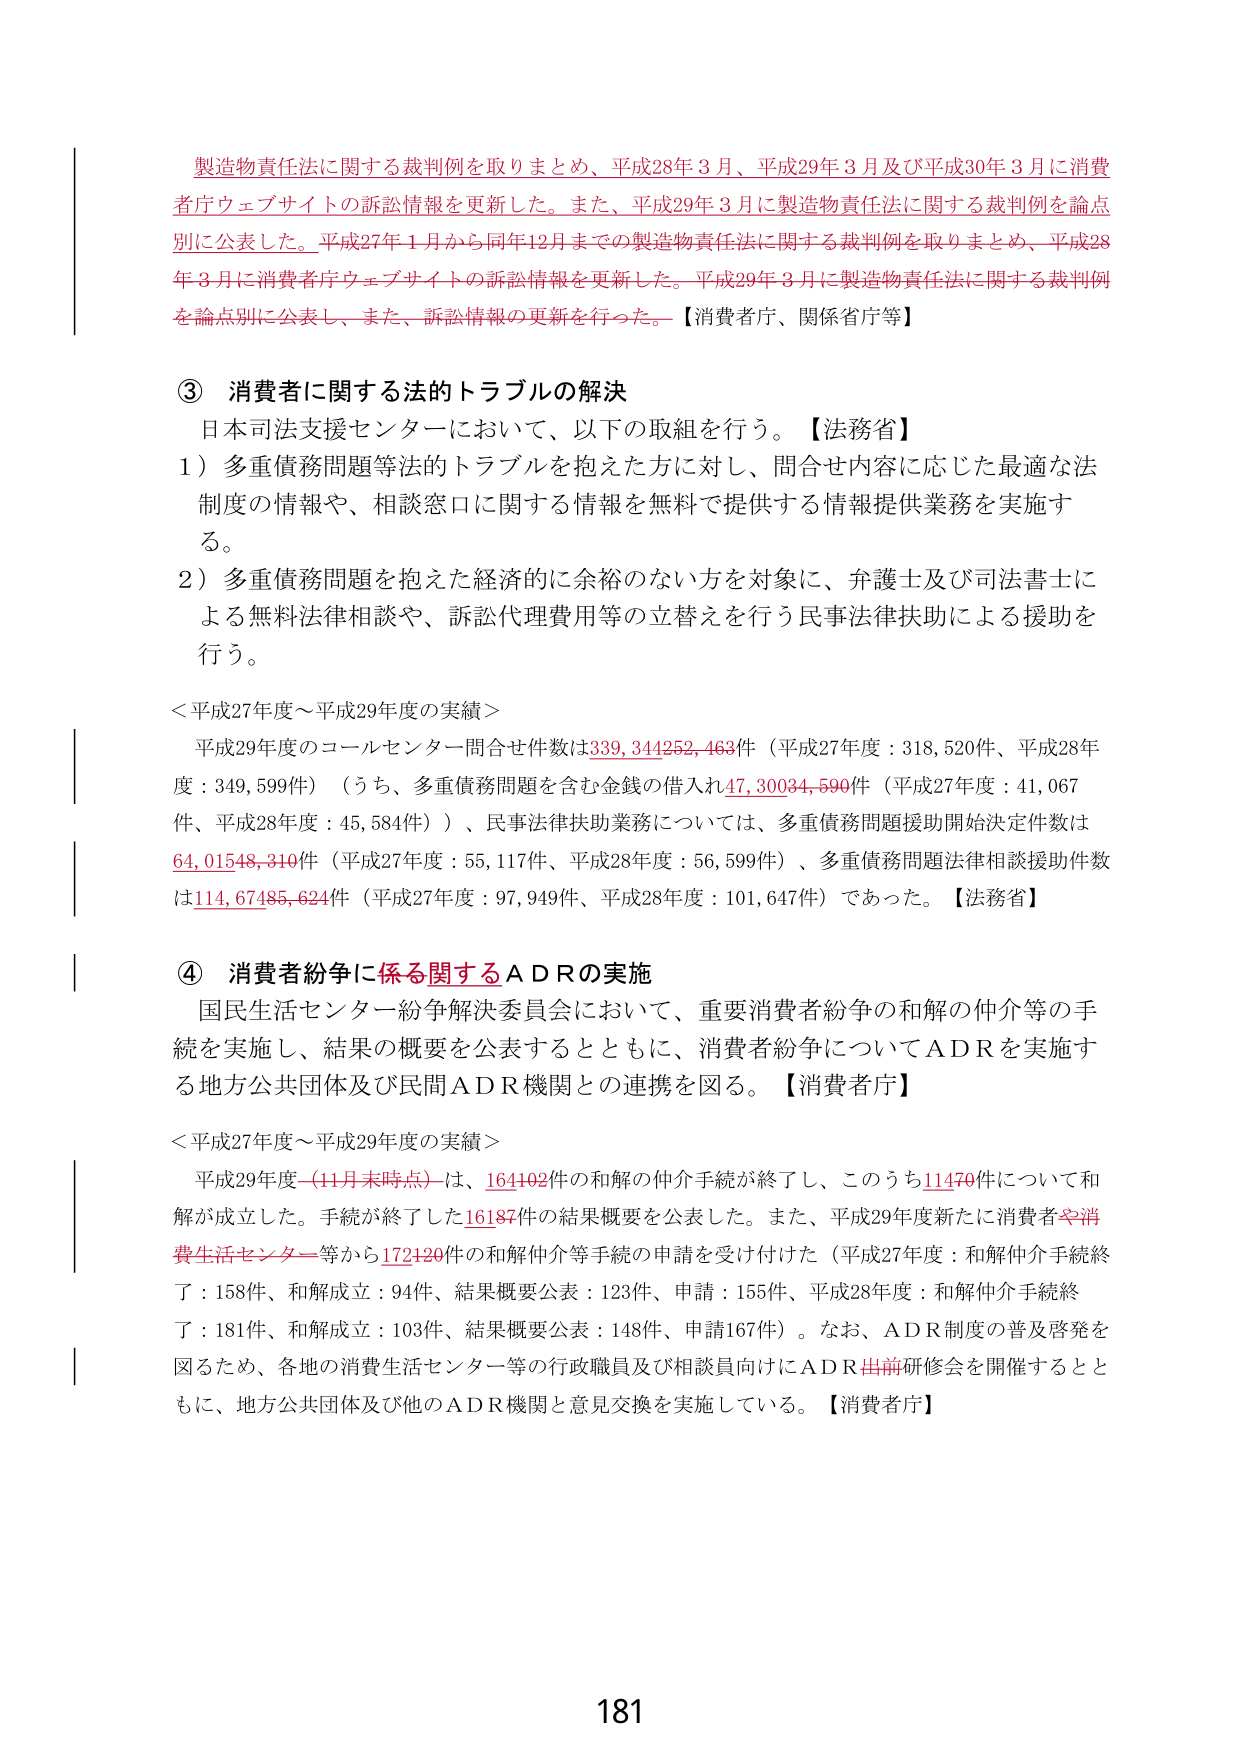
製造物責任法に関する裁判例を取りまとめ、平成28年3月、平成29年3月及び平成30年3月に消費者庁ウェブサイトの訴訟情報を更新した。また、平成29年3月に製造物責任法に関する裁判例を論点別に公表した。平成27年1月から同年12月までの製造物責任法に関する裁判例を取りまとめ、平成28年3月に消費者庁ウェブサイトの訴訟情報を更新した。平成29年3月に製造物責任法に関する裁判例を論点別に公表し、また、訴訟情報の更新を行った。【消費者庁、関係省庁等】

③ 消費者に関する法的トラブルの解決
日本司法支援センターにおいて、以下の取組を行う。【法務省】
1）多重債務問題等法的トラブルを抱えた方に対し、問合せ内容に応じた最適な法制度の情報や、相談窓口に関する情報を無料で提供する情報提供業務を実施する。
2）多重債務問題を抱えた経済的に余裕のない方を対象に、弁護士及び司法書士による無料法律相談や、訴訟代理費用等の立替えを行う民事法律扶助による援助を行う。

＜平成27年度～平成29年度の実績＞
平成29年度のコールセンター問合せ件数は339,341252,463件（平成27年度：318,520件、平成28年度：349,599件）（うち、多重債務問題を含む金銭の借入れ47,30034,599件（平成27年度：41,067件、平成28年度：45,584件））、民事法律扶助業務については、多重債務問題援助開始決定件数は64,01548,310件（平成27年度：55,117件、平成28年度：56,599件）、多重債務問題法律相談援助件数は114,67485,624件（平成27年度：97,949件、平成28年度：101,647件）であった。【法務省】

④ 消費者紛争に係る関するＡＤＲの実施
国民生活センター紛争解決委員会において、重要消費者紛争の和解の仲介等の手続を実施し、結果の概要を公表するとともに、消費者紛争についてＡＤＲを実施する地方公共団体及び民間ＡＤＲ機関との連携を図る。【消費者庁】

＜平成27年度～平成29年度の実績＞
平成29年度（11月末時点）は、164102件の和解の仲介手続が終了し、このうち11470件について和解が成立した。手続が終了した16187件の結果概要を公表した。また、平成29年度新たに消費者や消費生活センター等から172120件の和解仲介等手続の申請を受け付けた（平成27年度：和解仲介手続終了：158件、和解成立：94件、結果概要公表：123件、申請：155件、平成28年度：和解仲介手続終了：181件、和解成立：103件、結果概要公表：148件、申請167件）。なお、ＡＤＲ制度の普及啓発を図るため、各地の消費生活センター等の行政職員及び相談員向けにＡＤＲ出前研修会を開催するとともに、地方公共団体及び他のＡＤＲ機関と意見交換を実施している。【消費者庁】

181